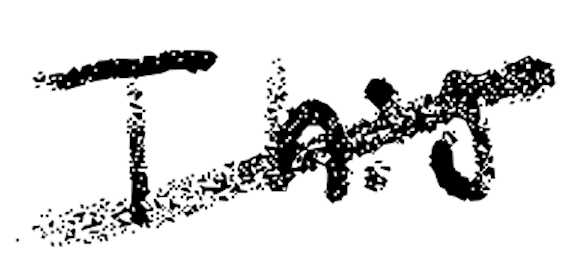
Text: This
Cross-out: diagonal
Writing tool: digital_black